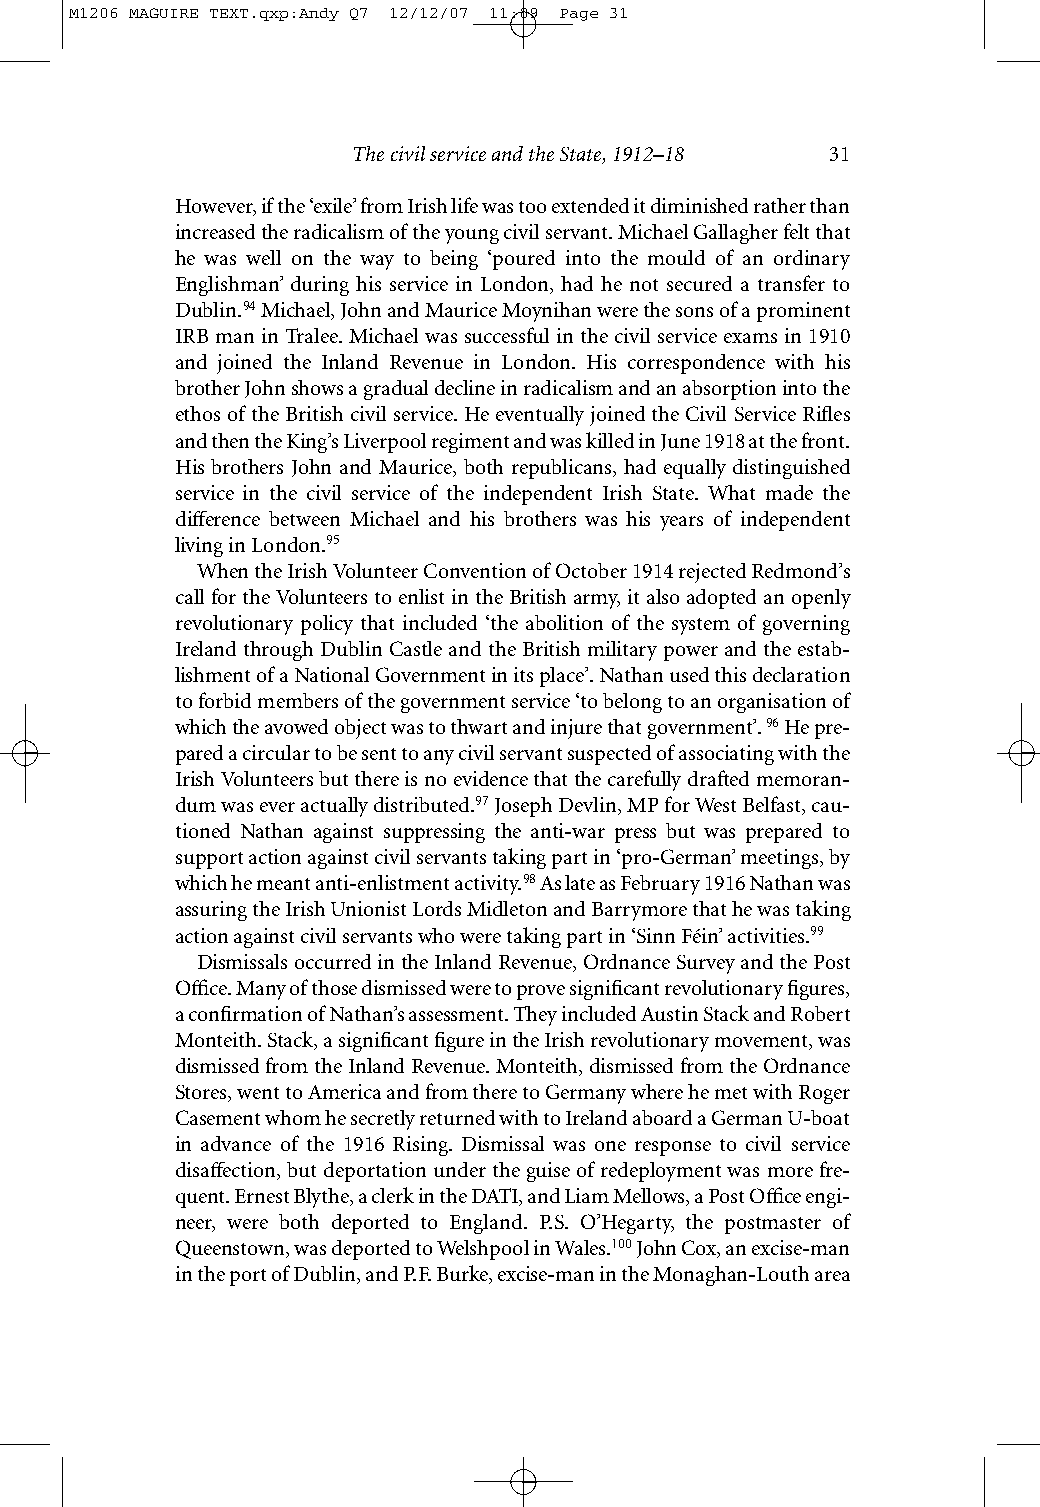
M1206 MAGUIRE TEXT.qxp:Andy Q7 12/12/07 11:09 Page 31
 The civil service and the State, 1912–18 31
 However, if the ‘exile’ from Irish life was too extended it diminished rather than
 increased the radicalism of the young civil servant. Michael Gallagher felt that
 he was well on the way to being ‘poured into the mould of an ordinary
 Englishman’ during his service in London, had he not secured a transfer to
 Dublin.94Michael, John and Maurice Moynihan were the sons of a prominent
 IRB man in Tralee. Michael was successful in the civil service exams in 1910
 and joined the Inland Revenue in London. His correspondence with his
 brother John shows a gradual decline in radicalism and an absorption into the
 ethos of the British civil service. He eventually joined the Civil Service Rifles
 and then the King’s Liverpool regiment and was killed in June 1918 at the front.
 His brothers John and Maurice, both republicans, had equally distinguished
 service in the civil service of the independent Irish State. What made the
 difference between Michael and his brothers was his years of independent
 living in London.95
 When the Irish Volunteer Convention of October 1914 rejected Redmond’s
 call for the Volunteers to enlist in the British army, it also adopted an openly
 revolutionary policy that included ‘the abolition of the system of governing
 Ireland through Dublin Castle and the British military power and the estab-
 lishment of a National Government in its place’. Nathan used this declaration
 to forbid members of the government service ‘to belong to an organisation of
 which the avowed object was to thwart and injure that government’.96He pre-
 pared a circular to be sent to any civil servant suspected of associating with the
 Irish Volunteers but there is no evidence that the carefully drafted memoran-
 dum was ever actually distributed.97Joseph Devlin, MP for West Belfast, cau-
 tioned Nathan against suppressing the anti-war press but was prepared to
 support action against civil servants taking part in ‘pro-German’ meetings, by
 which he meant anti-enlistment activity.98As late as February 1916 Nathan was
 assuring the Irish Unionist Lords Midleton and Barrymore that he was taking
 action against civil servants who were taking part in ‘Sinn Féin’ activities.99
 Dismissals occurred in the Inland Revenue, Ordnance Survey and the Post
 Office. Many of those dismissed were to prove significant revolutionary figures,
 a confirmation of Nathan’s assessment. They included Austin Stack and Robert
 Monteith. Stack, a significant figure in the Irish revolutionary movement, was
 dismissed from the Inland Revenue. Monteith, dismissed from the Ordnance
 Stores, went to America and from there to Germany where he met with Roger
 Casement whom he secretly returned with to Ireland aboard a German U-boat
 in advance of the 1916 Rising. Dismissal was one response to civil service
 disaffection, but deportation under the guise of redeployment was more fre-
 quent. Ernest Blythe, a clerk in the DATI, and Liam Mellows, a Post Office engi-
 neer, were both deported to England. P.S. O’Hegarty, the postmaster of
 Queenstown, was deported to Welshpool in Wales.100John Cox, an excise-man
 in the port of Dublin, and P.F. Burke, excise-man in the Monaghan-Louth area